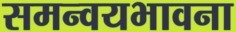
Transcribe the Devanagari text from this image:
समन्वयभावना